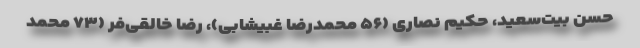
حسن بیت‌سعید، حکیم نصاری (۵۶ محمدرضا غبیشابی)، رضا خالقی‌فر (٧٣ محمد